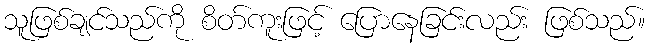
သူဖြစ်ချင်သည်ကို စိတ်ကူးဖြင့် ပြောနေခြင်းလည်း ဖြစ်သည်။